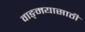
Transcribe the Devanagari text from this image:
वाङ्‌मयासाठी